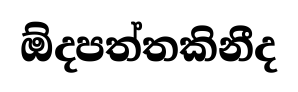
ඕදපත්තකිනීද